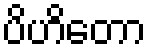
ပိဟိတော